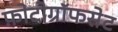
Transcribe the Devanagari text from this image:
फ़ोटोग्रॉफसेट